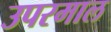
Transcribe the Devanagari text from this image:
उपरमाल